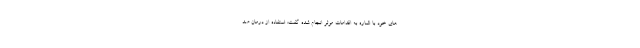
های خود با اشاره به اقدامات موثر انجام شده گفت: استفاده از درمان ضد